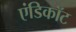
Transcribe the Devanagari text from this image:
एंडिकॉट